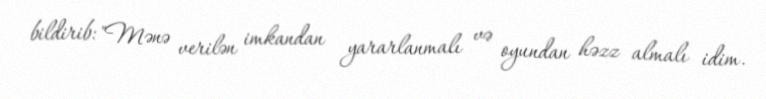
bildirib: "Mənə verilən imkandan yararlanmalı və oyundan həzz almalı idim.